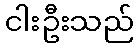
ငါးဦးသည်